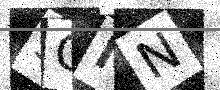
Text: 5GMN